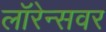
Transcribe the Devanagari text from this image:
लॉरेन्सवर